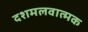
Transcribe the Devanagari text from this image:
दशमलवात्मक